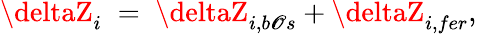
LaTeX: \deltaZ_{i}\; =\; \deltaZ_{i,b\mathscr{O}s}+\deltaZ_{i,fer},